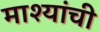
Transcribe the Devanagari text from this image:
माश्यांची